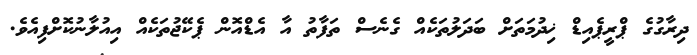
ދިރާގުގެ ޕްރީޕެއިޑް ޚިދުމަތަށް ބަދަލުތަކެއް ގެނެސް ތަފާތު އާ އެޑްއޮން ޕެކޭޖުތަކެއް އިއުލާނުކޮށްފިއެވެ.